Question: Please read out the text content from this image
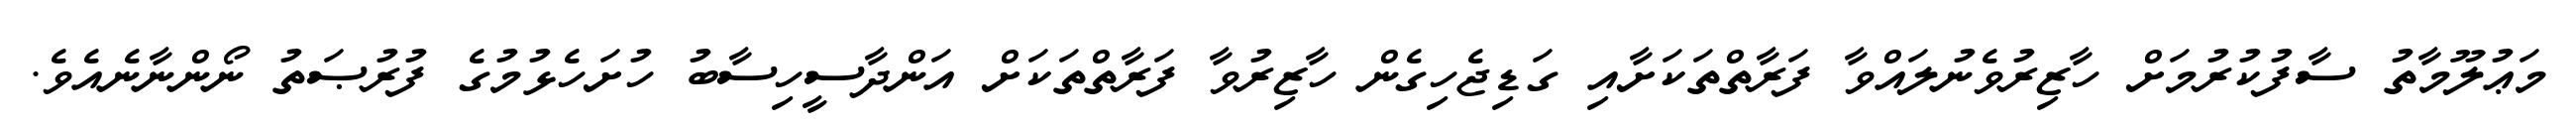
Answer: މަޢުލޫމާތު ސާފުކުރުމަށް ހާޒިރުވެނުލައްވާ ފަރާތްތަކަށާއި ގަޑިޖެހިގެން ހާޒިރުވާ ފަރާތްތަކަށް އަންދާސީހިސާބު ހުށަހެޅުމުގެ ފުރުޞަތު ނޯންނާނެއެވެ.